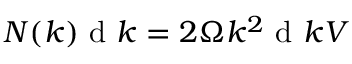
N ( k ) \mathrm { ~ d ~ } k = 2 \Omega k ^ { 2 } \mathrm { ~ d ~ } k V